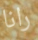
رانا